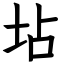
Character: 坫